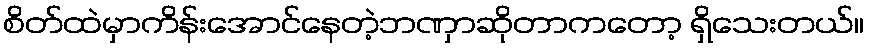
စိတ်ထဲမှာကိန်းအောင်နေတဲ့ဘဏှာဆိုတာကတော့ ရှိသေးတယ်။